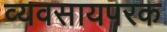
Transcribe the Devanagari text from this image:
व्‍यवसायपरक